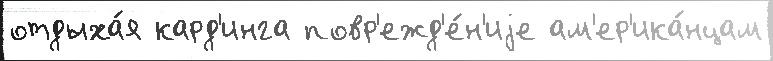
отдыха́я кард'инга повр'ежд'е́н'иjе ам'ер'ика́нцам